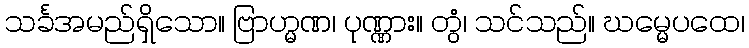
သင်္ခအမည်ရှိသော။ ဗြာဟ္မဏ၊ ပုဏ္ဏား။ တွံ၊ သင်သည်။ ဃမ္မေပထေ၊